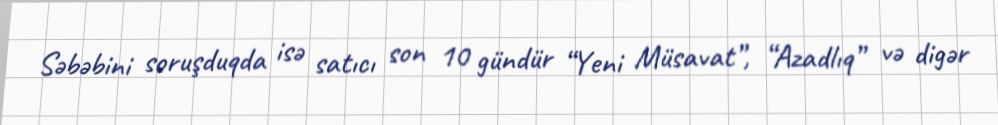
Səbəbini soruşduqda isə satıcı son 10 gündür “Yeni Müsavat”, “Azadlıq” və digər